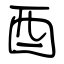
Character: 酉